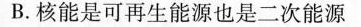
B.核能是可再生能源也是二次能源